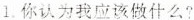
1.你认为我应该做什么?